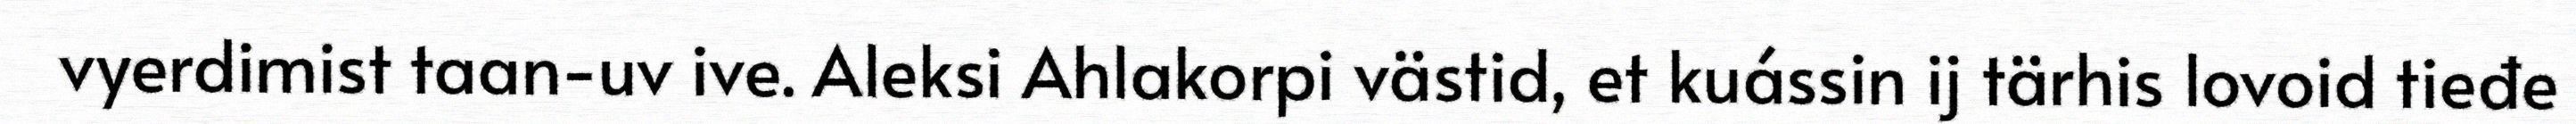
vyerdimist taan-uv ive. Aleksi Ahlakorpi västid, et kuássin ij tärhis lovoid tieđe